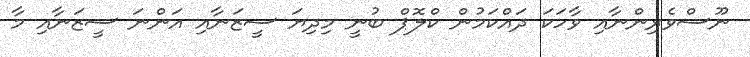
ނޫސްވެރިންނާއި ވާހަކަ ދައްކަމުން ކްލޮޕް ބުނީ މިދިޔަ ސީޒަނާއި އަންނަ ސީޒަނާއި މާ